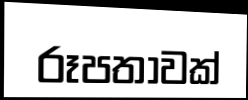
රූපතාවක්